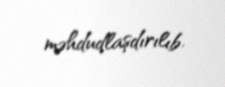
məhdudlaşdırılıb.